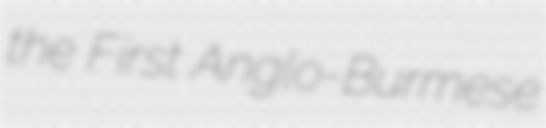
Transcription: the First Anglo-Burmese